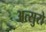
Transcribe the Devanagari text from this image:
अत्सुरो